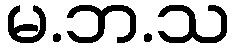
မ.ဘ.သ